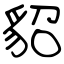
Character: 貂